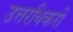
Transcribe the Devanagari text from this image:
उत्तरधिकरी